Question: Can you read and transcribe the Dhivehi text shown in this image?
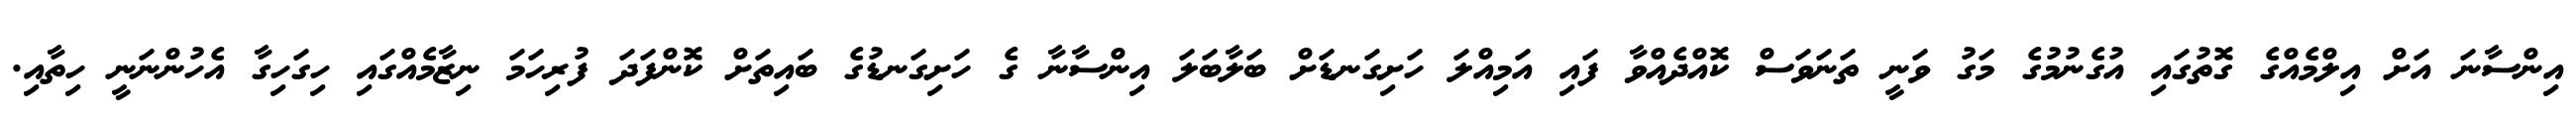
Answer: އިންސާނަ އަށް އިލްމެއްގެ ގޮތުގައި އުގެނުމުގެ މަގު ވަނީ ތަނަވަސް ކޮއްދެއްވާ ފައި އަމިއްލަ ހަށިގަނޑަށް ބަލާބަލަ އިންސާނާ ގެ ހަށިގަނޑުގެ ބައިތަށް ކޮންފަދަ ފުރިހަމަ ނިޒާމެއްގައި ހިގަހިގާ އެހުންނަނީ ހިތާއި.